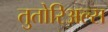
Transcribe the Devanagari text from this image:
तुतोरिअल्स